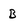
Character: B